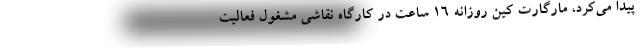
پیدا می‌کرد، مارگارت کین روزانه ۱۶ ساعت در کارگاه نقاشی مشغول فعالیت